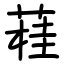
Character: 蓕